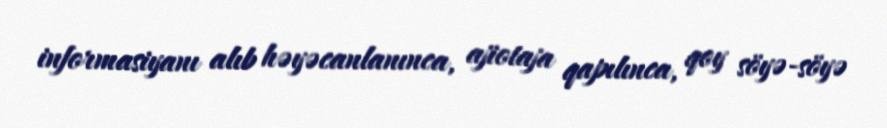
informasiyanı alıb həyəcanlanınca, ajiotaja qapılınca, qoy söyə-söyə